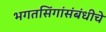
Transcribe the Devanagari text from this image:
भगतसिंगांसंबंधीचे